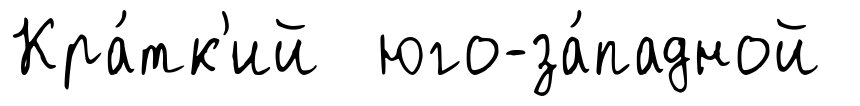
Кра́тк'ий юго-за́падной